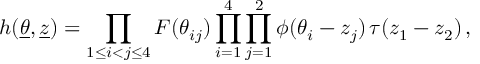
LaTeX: h ( \underline { { { \theta } } } , { \underline { { { z } } } } ) = \prod _ { 1 \le i < j \le 4 } F ( \theta _ { i j } ) \prod _ { i = 1 } ^ { 4 } \prod _ { j = 1 } ^ { 2 } \phi ( \theta _ { i } - z _ { j } ) \, \tau ( z _ { 1 } - z _ { 2 } ) \, ,